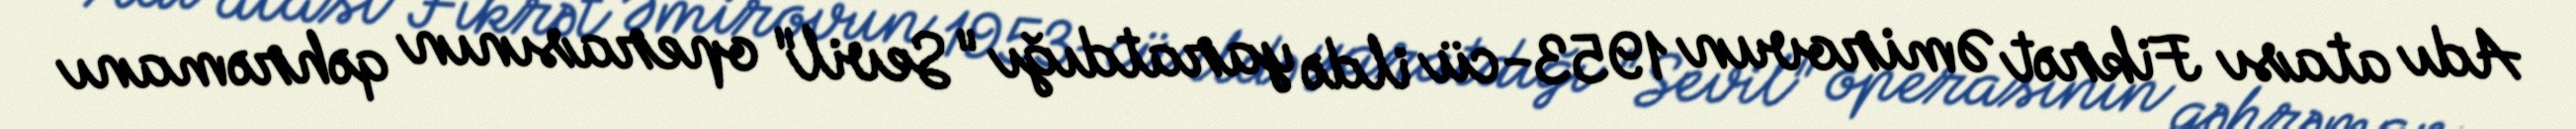
Adı atası Fikrət Əmirovun 1953-cü ildə yaratdığı "Sevil" operasının qəhrəmanı